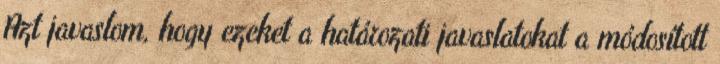
Azt javaslom, hogy ezeket a határozati javaslatokat a módosított